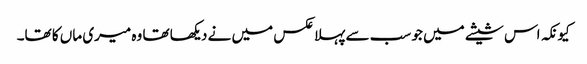
کیونکہ اس شیشے میں جو سب سے پہلا عکس میں نے دیکھا تھا وہ میری ماں کا تھا۔